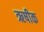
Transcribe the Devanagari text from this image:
ऋषीक